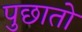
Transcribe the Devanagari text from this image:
पुछातो